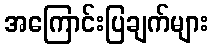
အကြောင်းပြချက်များ